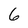
Character: 6